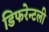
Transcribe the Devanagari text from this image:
डिफरेन्टली